Vaccination in Burma 1920-1933 - 1920-1933
Year: 1920
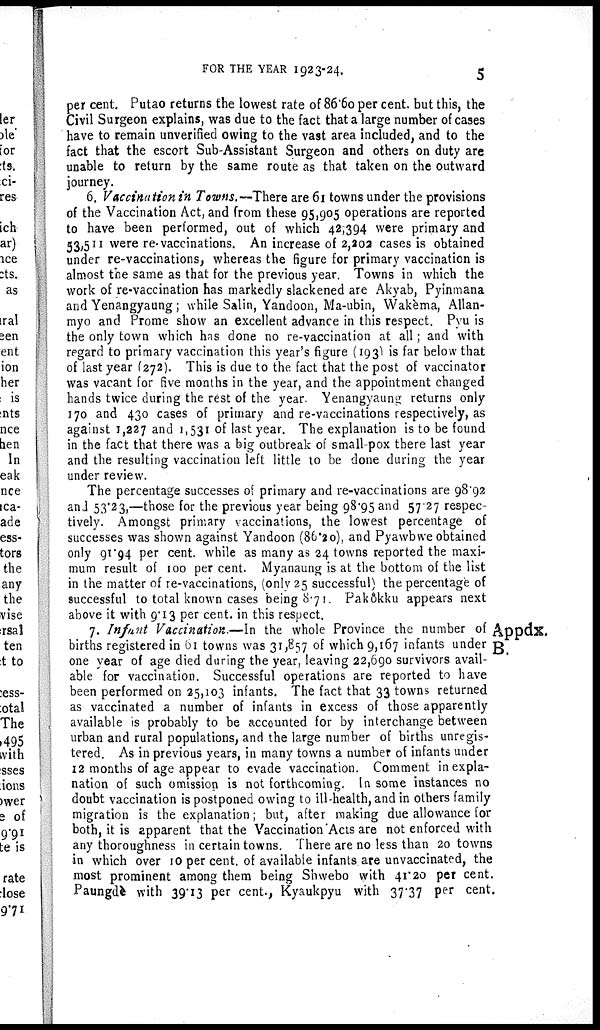
FOR THE YEAR 1923-24.
5
per cent. Putao returns the lowest rate of 86.60 per cent. but this, the
Civil Surgeon explains, was due to the fact that a large number of cases
have to remain unverified owing to the vast area included, and to the
fact that the escort Sub-Assistant Surgeon and others on duty are
unable to return by the same route as that taken on the outward
journey.
6. Vaccination Towns.—Thers are 61 towns under the provisions
of the Vaccination Act, and from these 95,905 operations are reported
to have been performed, out of which 42,394 were primary and
53,511 were re-vaccinations. An increase of 2,202 cases is obtained
under re-vaccinations, whereas the figure for primary vaccination is
almost the same as that for the previous year. Towns in which the
work of re-vaccination has markedly slackened are Akyab, Pyinmana
and Yenangyaung; while Salin, Yandoon, Ma-ubin, Wakèma, Allan-
myo and Prome show an excellent advance in this respect. Pyu is
the only town which has done no re-vaccination at all; and with
regard to primary vaccination this year's figure (193) is far below that
of last year (272). This is due to the fact that the post of vaccinator
was vacant for five months in the year, and the appointment changed
hands twice during the rest of the year. Yenangyaung returns only
170 and 430 cases of primary and re-vaccinations respectively, as
against 1,227 and 1,531 of last year. The explanation is to be found
in the fact that there was a big outbreak of small-pox there last year
and the resulting vaccination left little to be done during the year
under review.
The percentage successes of primary and re-vaccinations are 98.92
and 53.23,—those for the previous year being 98.95 and 57.27 respec-
tively. Amongst primary vaccinations, the lowest percentage of
successes was shown against Yandoon (86.20), and Pyawbwe obtained
only 91.94 per cent. while as many as 24 towns reported the maxi-
mum result of 100 per cent. Myanaung is at the bottom of the list
in the matter of re-vaccinations, (only 25 successful) the percentage of
successful to total known cases being 8.71. Pakôkku appears next
above it with 9.13 per cent. in this respect.
Appdx.
B.
7. Infant Vaccination.—In the whole Province the number of
one year of age died during the year, leaving 22,690 survivors avail
able for vaccination. Successful operations are reported to have
been performed on 25,103 infants. The fact that 33 towns returned
as vaccinated a number of infants in excess of those apparently
available is probably to be accounted for by interchange between
urban and rural populations, and the large number of births unregis-
tered. As in previous years, in many towns a number of infants under
12 months of age appear to evade vaccination. Comment in expla-
nation of such omission is not forthcoming. In some instances no
doubt vaccination is postponed owing to ill-health, and in others family
migration is the explanation; but, after making due allowance for
both, it is apparent that the Vaccination Acts are not enforced with
any thoroughness in certain towns. There are no less than 20 towns
in which over 10 per cent. of available infants are unvaccinated, the
most prominent among them being Shwebo with 41.20 per cent.
Paungdè with 39.13 per cent., Kyaukpyu with 37.37 per cent.